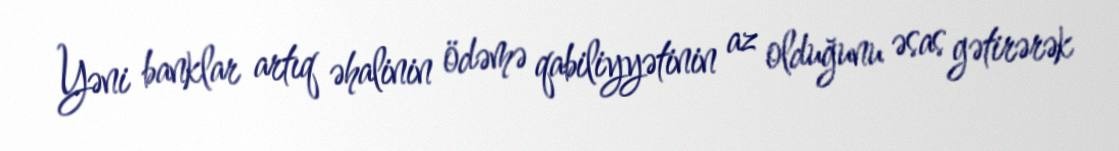
Yəni banklar artıq əhalinin ödəmə qabiliyyətinin az olduğunu əsas gətirərək